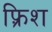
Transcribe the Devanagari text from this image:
फ़्रिश